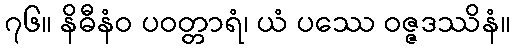
၇၆။ နိဓီနံဝ ပဝတ္တာရံ၊ ယံ ပဿေ ဝဇ္ဇဒဿိနံ။